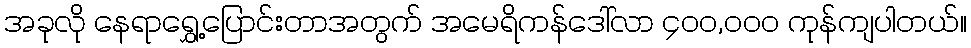
အခုလို နေရာရွှေ့ပြောင်းတာအတွက် အမေရိကန်ဒေါ်လာ ၄၀၀,၀၀၀ ကုန်ကျပါတယ်။